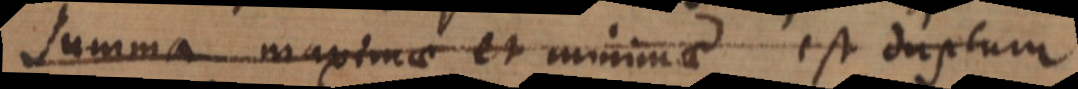
Summa maximae et minimae est duplum